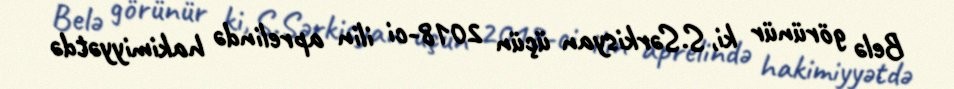
Belə görünür ki, S.Sərkisyan üçün 2018-ci ilin aprelində hakimiyyətdə